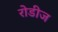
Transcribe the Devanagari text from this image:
रोडीज